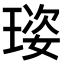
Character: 𤦾